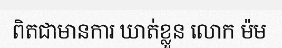
ពិតជាមានការ ឃាត់ខ្លួន លោក ម៉ម